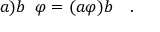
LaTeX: a \mathbf { ) } b \; \; \varphi = ( a \varphi ) b \quad .